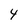
Character: 4